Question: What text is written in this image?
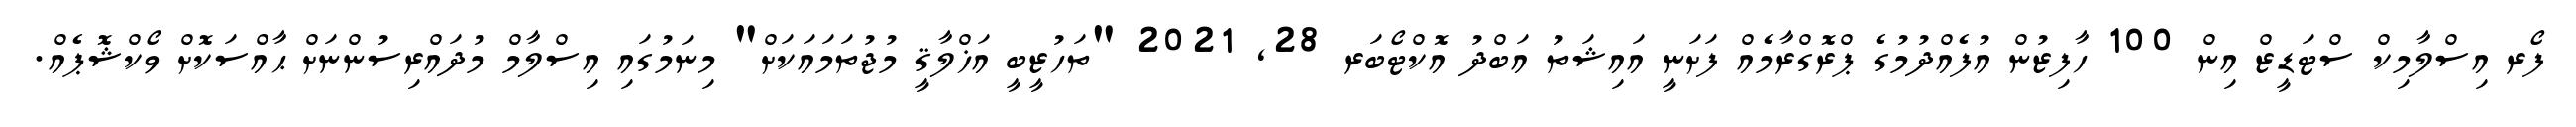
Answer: ފޯރ އިސްލާމިކް ސްޓަޑީޒް އިން 100 ހާފިޒުން އުފެއްދުމުގެ ޕްރޮގްރާމެއް ފަށަނީ އައިޝަތު އަބްދު އޮކްޓޯބަރ 28, 2021 "ތަހުޒީބީ އަޚްލާޤީ މުޖުތަމައަކަށް" މިނަމުގައި އިސްލާމް މުދައްރިސުންނަށް ޙާއްސަކޮށް ވޯކްޝޮޕެއް.